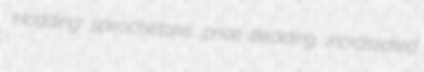
Hodding spirochetosis price-deciding incrassated